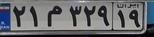
۲۱م۳۲۹۱۹